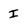
Character: I